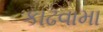
કાઢવામા